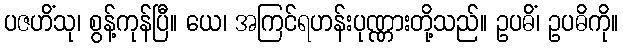
ပဇဟိံသု၊ စွန့်ကုန်ပြီ။ ယေ၊ အကြင်ရဟန်းပုဏ္ဏားတို့သည်။ ဥပဓိံ၊ ဥပဓိကို။